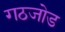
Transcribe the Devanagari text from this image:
गठजोड